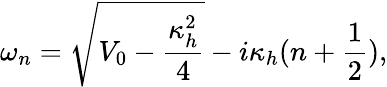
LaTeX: \omega_{n}=\sqrt{V_{0}-\frac{\kappa_{h}^{2}}{4}}-i\kappa_{h}(n+\frac{1}{2}),